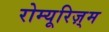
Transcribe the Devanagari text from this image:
रोम्यूरिज़्म